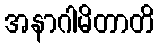
အနာဂါမိတာတိ